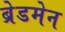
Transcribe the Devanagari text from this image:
ब्रेडमेन